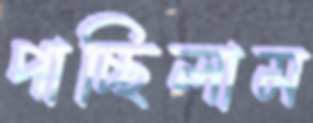
পাচ্ছিলাম